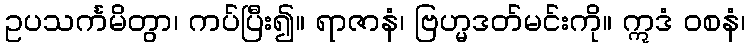
ဥပသင်္ကမိတွာ၊ ကပ်ပြီး၍။ ရာဇာနံ၊ ဗြဟ္မဒတ်မင်းကို။ ဣဒံ ဝစနံ၊